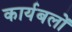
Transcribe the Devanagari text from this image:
कार्यबलों